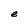
Character: e